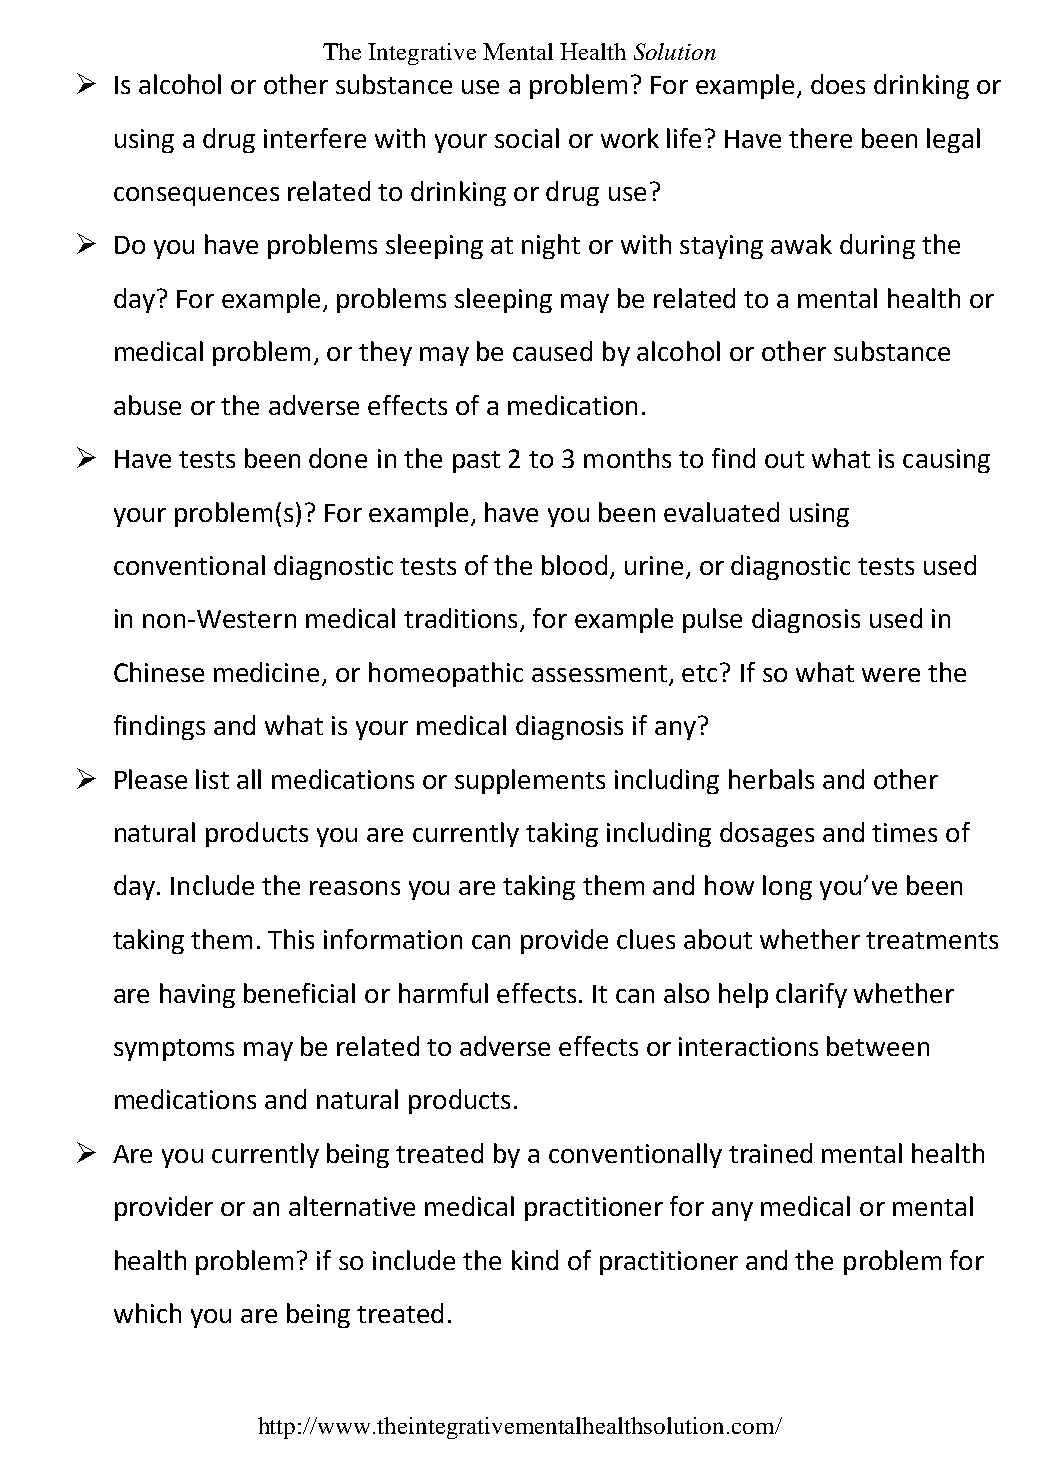
The Integrative Mental Health Solution
  Is alcohol or other substance use a problem? For example, does drinking or
 using a drug interfere with your social or work life? Have there been legal
 consequences related to drinking or drug use?
  Do you have problems sleeping at night or with staying awak during the
 day? For example, problems sleeping may be related to a mental health or
 medical problem, or they may be caused by alcohol or other substance
 abuse or the adverse effects of a medication.
  Have tests been done in the past 2 to 3 months to find out what is causing
 your problem(s)? For example, have you been evaluated using
 conventional diagnostic tests of the blood, urine, or diagnostic tests used
 in non-Western medical traditions, for example pulse diagnosis used in
 Chinese medicine, or homeopathic assessment, etc? If so what were the
 findings and what is your medical diagnosis if any?
  Please list all medications or supplements including herbals and other
 natural products you are currently taking including dosages and times of
 day. Include the reasons you are taking them and how long you’ve been
 taking them. This information can provide clues about whether treatments
 are having beneficial or harmful effects. It can also help clarify whether
 symptoms may be related to adverse effects or interactions between
 medications and natural products.
  Are you currently being treated by a conventionally trained mental health
 provider or an alternative medical practitioner for any medical or mental
 health problem? if so include the kind of practitioner and the problem for
 which you are being treated.
 http://www.theintegrativementalhealthsolution.com/